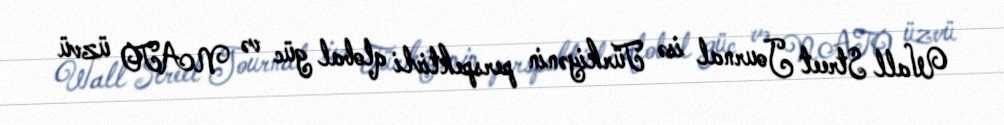
Wall Street Journal isə Türkiyənin perspektivli qlobal güc və NATO üzvü